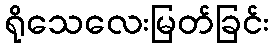
ရိုသေလေးမြတ်ခြင်း